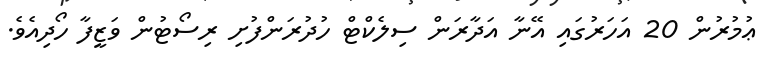
ޢުމުރުން 20 އަހަރުގައި އޭނާ އަދާރަން ސިިލެކްޓް ހުދުރަންފުށި ރިސޯޓުން ވަޒީފާ ހޯދިއެވެ.